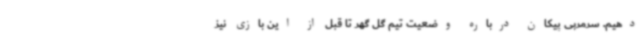
دهیم. سرمربی پیکان درباره وضعیت تیم گل گهر تا قبل از این بازی نیز